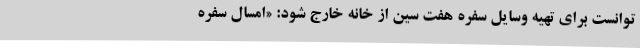
توانست برای تهیه وسایل سفره هفت سین از خانه خارج شود: «امسال سفره